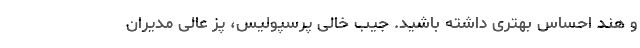
و هند احساس بهتری داشته باشید. جیب خالی پرسپولیس، پز عالی مدیران